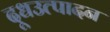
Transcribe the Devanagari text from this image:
दूधउत्पादन